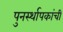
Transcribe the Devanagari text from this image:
पुनर्स्थापकांची